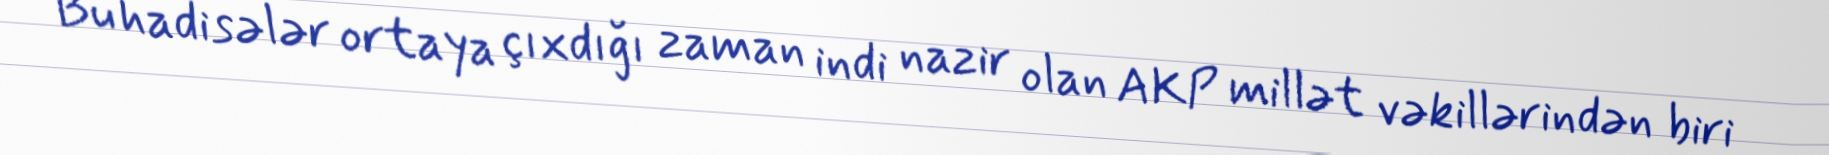
Bu hadisələr ortaya çıxdığı zaman indi nazir olan AKP millət vəkillərindən biri